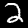
Digit: 2